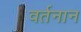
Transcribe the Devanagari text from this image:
वर्तनान